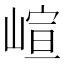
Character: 𡺟